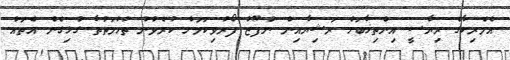
އެމެރިކާގެ ރިޔާސީ އިންތިޚާބަށް ރަޝިޔާއިން ނުފޫޒު ފޯރުވިކަމަށް ކުރެވުނު ތުހުމަތުތާ ގުޅިގެން އެތައް